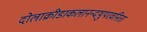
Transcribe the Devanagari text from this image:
दोलाक्रीडाकलानन्दथुपरवनिता